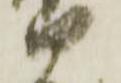
部